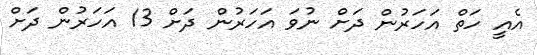
އެއީ ހަތް އަހަރުން ދަށް ނުވަ އަހަރުން ދަށް 13 އަހަރުން ދަށް